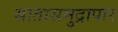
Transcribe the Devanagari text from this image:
सातासमुद्रापार